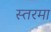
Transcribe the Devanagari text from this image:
स्तरमा